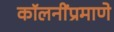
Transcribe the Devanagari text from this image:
कॉलनींप्रमाणे